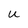
Character: U